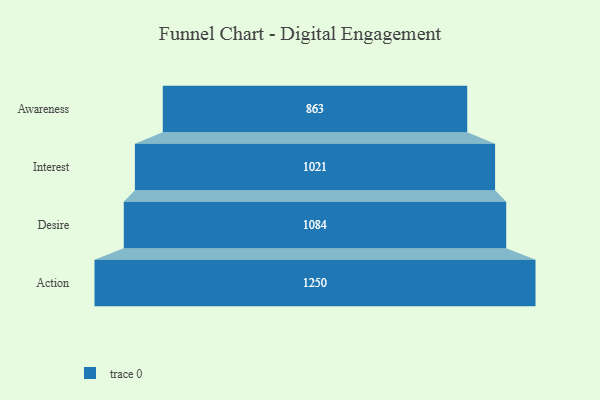
{"axis": {"x": "Stage", "y": "Value"}, "legend": [""], "data": [{"x": "Awareness", "y": 863.0, "type": ""}, {"x": "Interest", "y": 1021.0, "type": ""}, {"x": "Desire", "y": 1084.0, "type": ""}, {"x": "Action", "y": 1250.0, "type": ""}]}